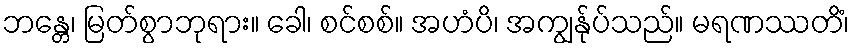
ဘန္တေ၊ မြတ်စွာဘုရား။ ခေါ၊ စင်စစ်။ အဟံပိ၊ အကျွန်ုပ်သည်။ မရဏဿတိံ၊